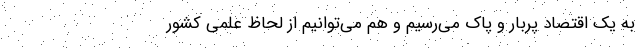
به یک اقتصاد پربار و پاک می‌رسیم و هم می‌توانیم از لحاظ علمی کشور